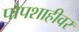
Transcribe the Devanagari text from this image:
पोपशाहीवर